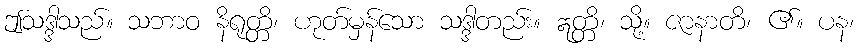
ဤသဒ္ဒါသည်။ သဘာဝ နိရုတ္တိ၊ ဟုတ်မှန်သော သဒ္ဒါတည်း။ ဣတ္တိ၊ သို့။ ဇာနာတိ၊ ၏။ ပန၊